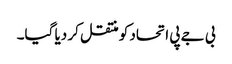
بی جے پی اتحاد کو منتقل کر دیا گیا۔